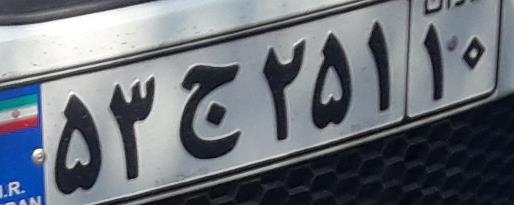
۵۳ج۲۵۱۱۰